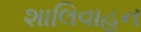
શાલિવાહન